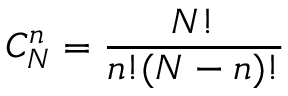
C _ { N } ^ { n } = \frac { N ! } { n ! ( N - n ) ! }